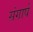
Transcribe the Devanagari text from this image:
संगार्ष